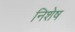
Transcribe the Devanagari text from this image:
निशेष